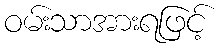
ဝမ်းသာအားရဖြင့်